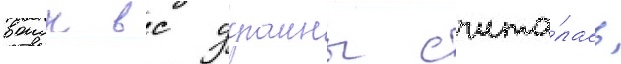
воиск вс украины счита́лась